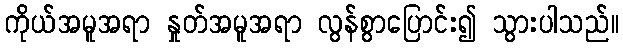
ကိုယ်အမူအရာ နှုတ်အမူအရာ လွန်စွာပြောင်း၍ သွားပါသည်။